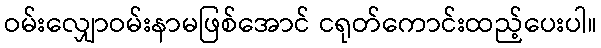
ဝမ်းလျှောဝမ်းနာမဖြစ်အောင် ငရုတ်ကောင်းထည့်ပေးပါ။